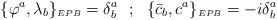
LaTeX: \begin{align*}\{\varphi ^{a},\lambda_{b}\}_{\scriptscriptstyle EPB}=\delta^{a}_{b}~~;~~\{{\bar c}_{b},c^{a}\}_{\scriptscriptstyle EPB}=-i\delta^{a}_{b}\end{align*}